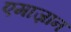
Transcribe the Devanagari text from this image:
एमाज़ान